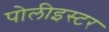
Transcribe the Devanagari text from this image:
पोलीइस्टर